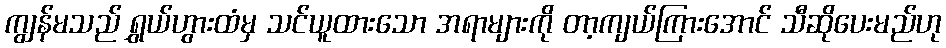
ကျွန်မသည် ရွှယ်ဟွားထံမှ သင်ယူထားသော အရာများကို တာ့ကျယ်ကြားအောင် သီဆိုပေးမည်ဟု